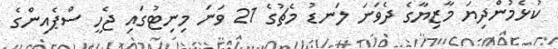
ކުޅެމުންދިޔަ މާޒިޔާގެ ދެވަނަ ލަނޑު މެޗުގެ 21 ވަނަ މިނިޓުގައި ޖެހީ ސްޕެއިންގެ